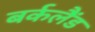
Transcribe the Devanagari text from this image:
बर्कलैंड